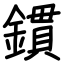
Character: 鏆